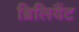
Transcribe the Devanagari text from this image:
ब्रिलियैंट